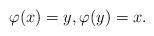
LaTeX: \begin{align*} \varphi(x) = y, \varphi(y) = x. \end{align*}